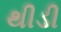
થીડી